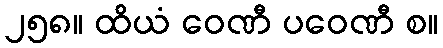
၂၅၈။ ထိယံ ဝေဏီ ပဝေဏီ စ။